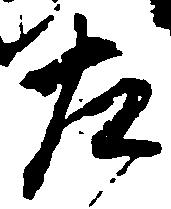
左